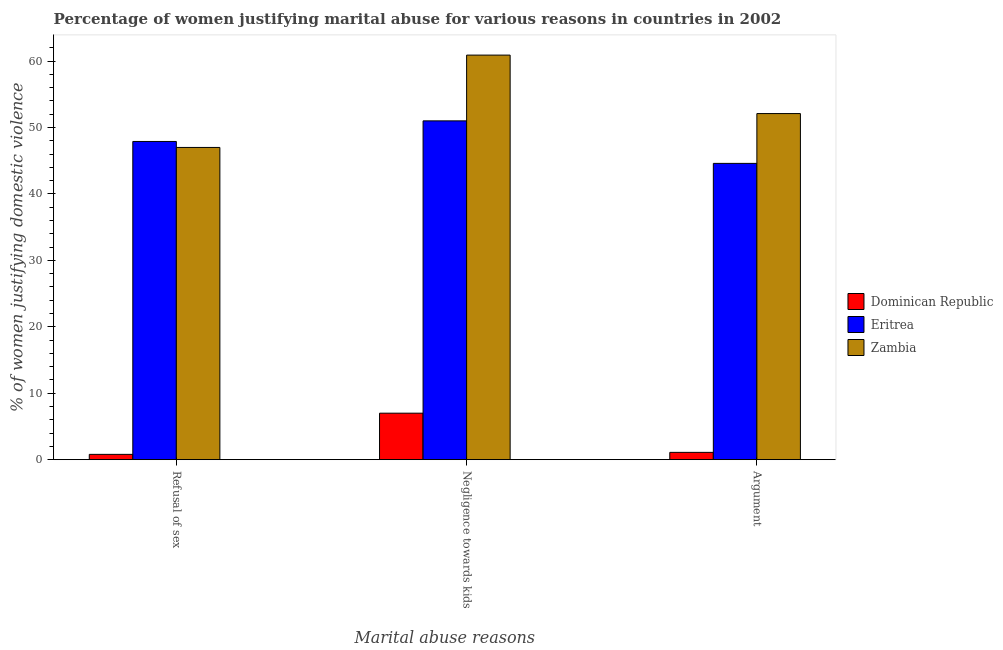
| Marital abuse reasons | Dominican Republic | Eritrea | Zambia |
 | --- | --- | --- | --- |
 | Refusal of sex | 0.8 | 47.9 | 47 |
 | Negligence towards kids | 7 | 51 | 60.9 |
 | Argument | 1.1 | 44.6 | 52.1 |